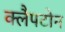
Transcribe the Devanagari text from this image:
क्लैपटोन